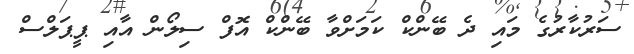
ސަރުކާރުގެ މައި ދެ ބޭންކް ކަމަށްވާ ބޭންކް އޮފް ސިލޯން އާއި ޕީޕަލްސް